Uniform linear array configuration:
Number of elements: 4
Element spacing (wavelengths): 0.5
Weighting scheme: exponential
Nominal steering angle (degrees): -45
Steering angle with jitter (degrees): -45.676
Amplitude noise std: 0.05
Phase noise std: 0.05

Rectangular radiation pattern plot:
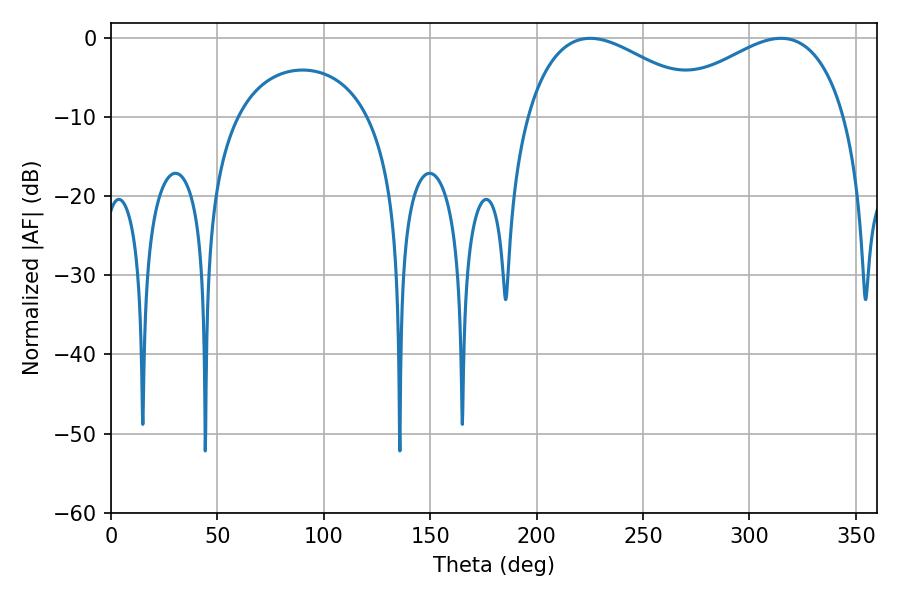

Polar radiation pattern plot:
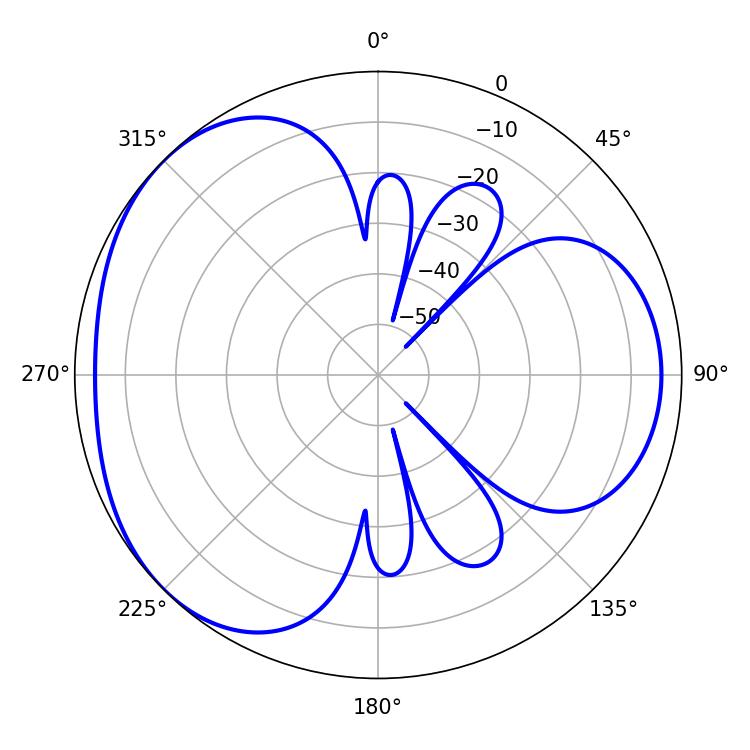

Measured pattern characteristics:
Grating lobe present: FALSE
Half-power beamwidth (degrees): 47.52
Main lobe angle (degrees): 225.18